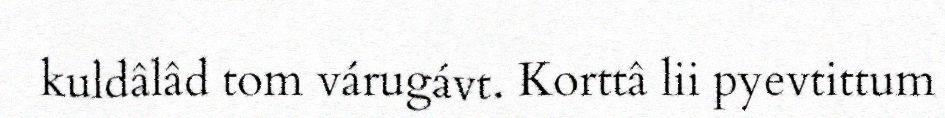
kuldâlâd tom várugávt. Korttâ lii pyevtittum